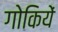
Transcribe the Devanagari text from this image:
गोकियें